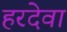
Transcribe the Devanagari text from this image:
हरदेवा